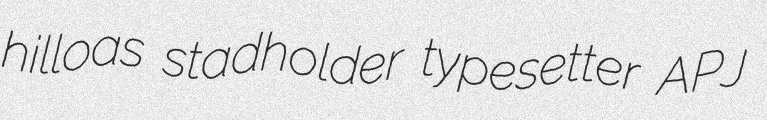
hilloas stadholder typesetter APJ